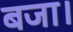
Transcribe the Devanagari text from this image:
बजा।